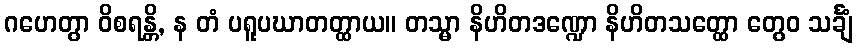
ဂဟေတွာ ဝိစရန္တိ, န တံ ပရူပဃာတတ္ထာယ။ တသ္မာ နိဟိတဒဏ္ဍော နိဟိတသတ္ထော တွေဝ သင်္ချံ